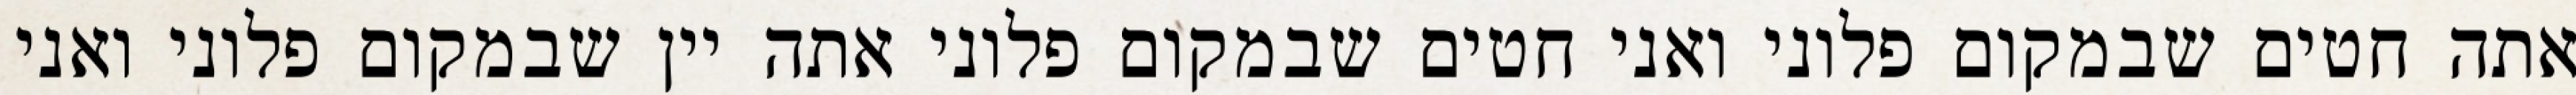
אתה חטים שבמקום פלוני ואני חטים שבמקום פלוני אתה יין שבמקום פלוני ואני